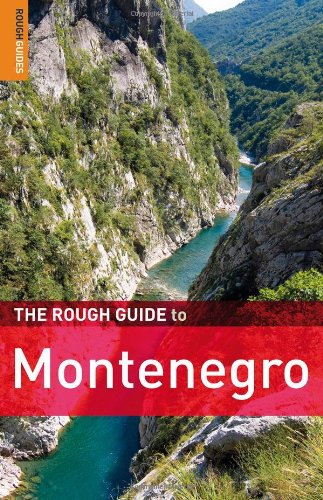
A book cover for The Rough Guide to Montenegro 1 (Rough Guide Travel Guides); Darren (Norm) Longley; Travel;